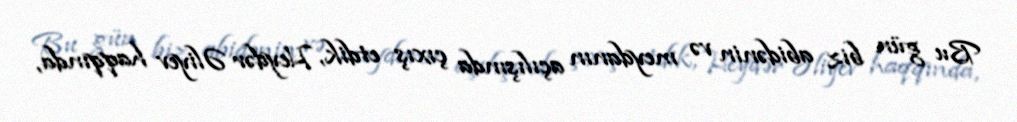
Bu gün biz abidənin və meydanın açılışında çıxış etdik, Heydər Əliyev haqqında,